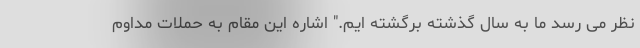
نظر می رسد ما به سال گذشته برگشته ایم." اشاره این مقام به حملات مداوم